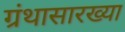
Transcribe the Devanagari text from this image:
ग्रंथासारख्या